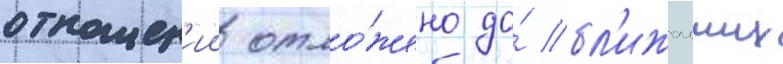
отношен'ии отло́жено до́ бл'ижаиших